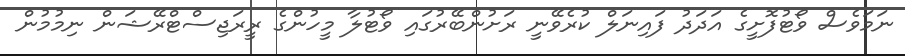
ނަމަވެސް ވޯޓުފޮށީގެ އަދަދު ފައިނަލް ކުރެވޭނީ ރަށުންބޭރުގައި ވޯޓުލާ މީހުންގެ ރީރަޖިސްޓްރޭޝަން ނިމުމުން